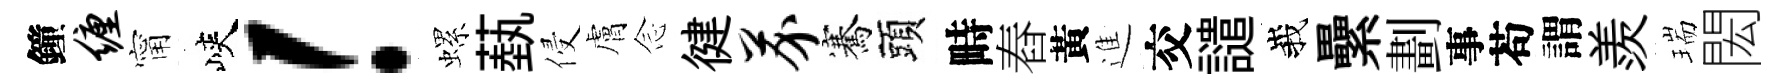
鐘缠甯峽！螺蓺侵膚𫝹徤芥騫頭畤舂黃進交譴峩纍劃事苟謂羨瑞閎